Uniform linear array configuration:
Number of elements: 64
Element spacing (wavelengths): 1
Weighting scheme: cosine
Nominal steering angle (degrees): -45
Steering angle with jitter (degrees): -44.802
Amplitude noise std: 0.05
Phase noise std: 0.05

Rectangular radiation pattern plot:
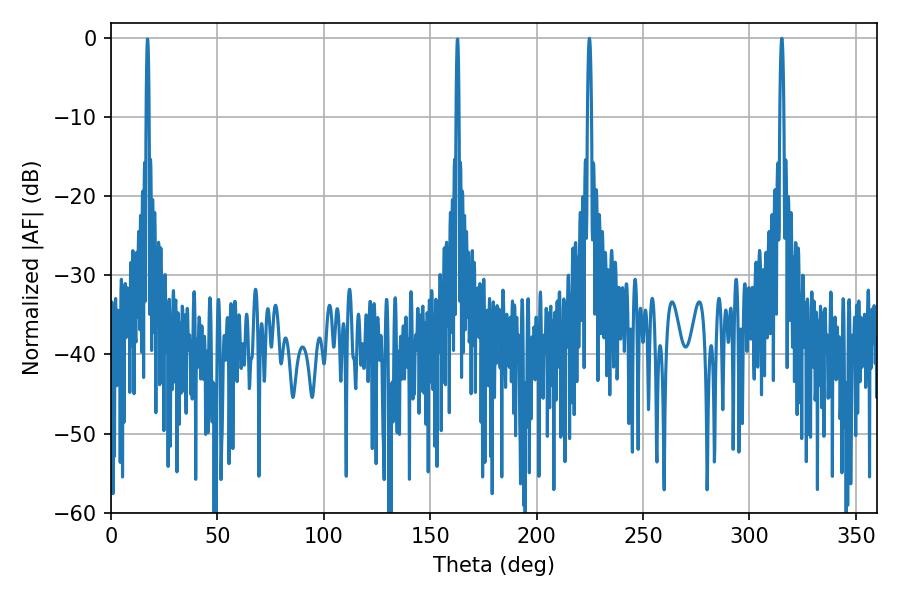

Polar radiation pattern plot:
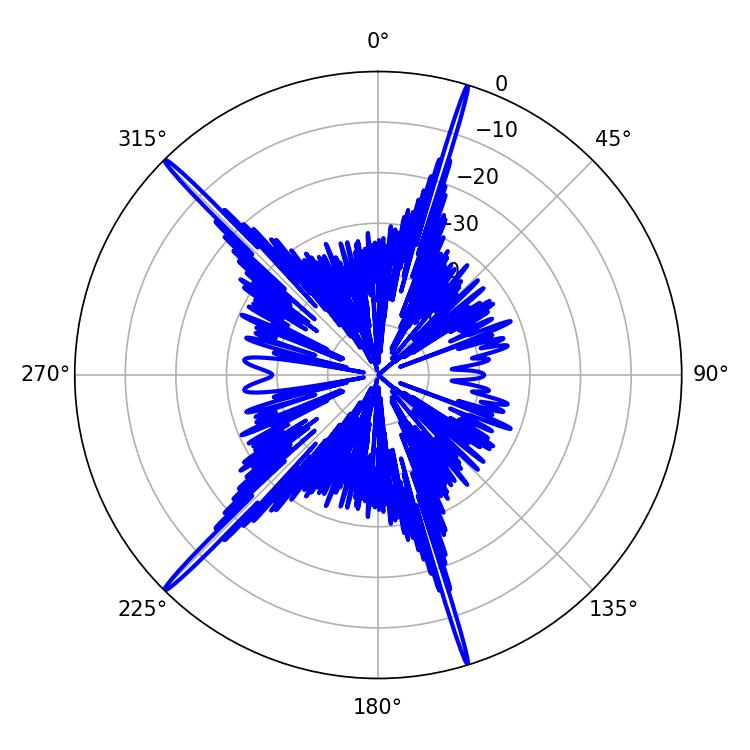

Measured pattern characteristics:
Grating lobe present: TRUE
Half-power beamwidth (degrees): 1.08
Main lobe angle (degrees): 315.18